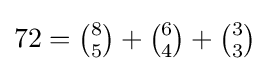
72={\tbinom {8}{5}}+{\tbinom {6}{4}}+{\tbinom {3}{3}}